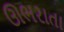
ઊભરાતા